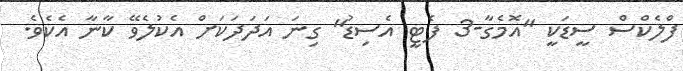
ފްލެކްސް ސީޑަކީ "އޮމެގާ-3 ފެޓީ އެސިޑު" ގިނަ އަދަދަކަށް އެކުލެވޭ ކާނާ އެކެވެ.